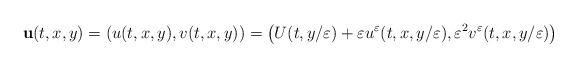
LaTeX: \begin{align*}\textbf{u}(t,x,y)=\left(u(t,x,y), v(t,x,y)\right)=\left(U(t,y/\varepsilon)+\varepsilon u^\varepsilon(t,x,y/\varepsilon), \varepsilon^2 v^\varepsilon(t,x,y/\varepsilon)\right)\end{align*}